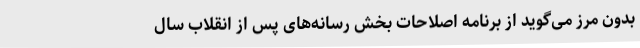
بدون مرز می‌گوید از برنامه اصلاحات بخش رسانه‌های پس از انقلاب سال